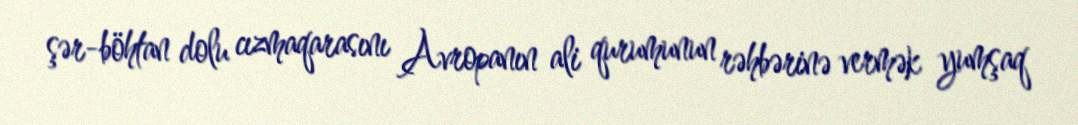
şər-böhtan dolu cızmaqarasını Avropanın ali qurumunun rəhbərinə vermək yumşaq